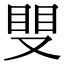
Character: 𥆣